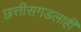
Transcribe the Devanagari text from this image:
छत्तीसगडलाही